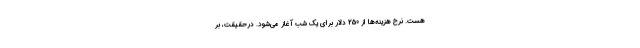
هست. نرخ هزینه‌ها از 250 دلار برای یک شب آغاز می‌شود. درحقیقت، بر